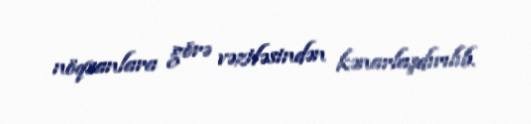
nöqsanlara görə vəzifəsindən kənarlaşdırılıb.